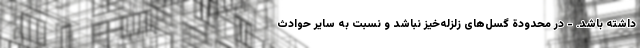
داشته باشد. - در محدودة گسل‌های زلزله‌خیز نباشد و نسبت به سایر حوادث